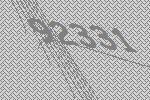
92331